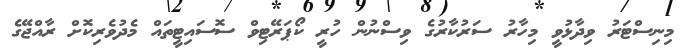
މިނިސްޓަރު ވިދާޅުވީ މިހާރު ސަރުކާރުގެ ވިސްނުން ހުރީ ކޯޕަރޭޓިވް ސޮސައިޓީތައް މެދުވެރިކޮށް ރާއްޖޭގެ